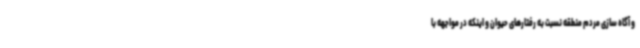
و آگاه سازی مردم منطقه نسبت به رفتارهای حیوان و اینکه در مواجهه با